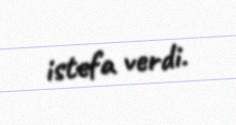
istefa verdi.